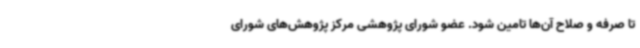
تا صرفه و صلاح آن‌ها تامین شود. عضو شورای پژوهشی مرکز پژوهش‌های شورای